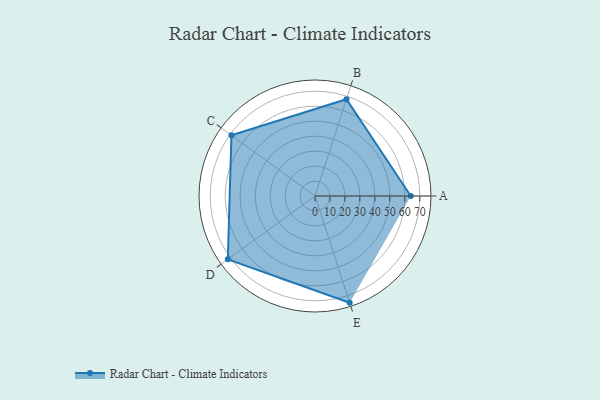
{"axis": {"x": "Skill", "y": "Score"}, "legend": ["Profile"], "data": [{"x": "A", "y": 64.0, "type": "Profile"}, {"x": "B", "y": 68.0, "type": "Profile"}, {"x": "C", "y": 69.0, "type": "Profile"}, {"x": "D", "y": 72.0, "type": "Profile"}, {"x": "E", "y": 75.0, "type": "Profile"}]}